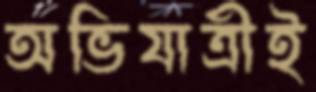
অভিযাত্রীই